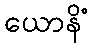
ယောနိံ